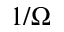
1 / \Omega